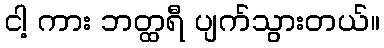
ငါ့ ကား ဘတ္ထရီ ပျက်သွားတယ်။